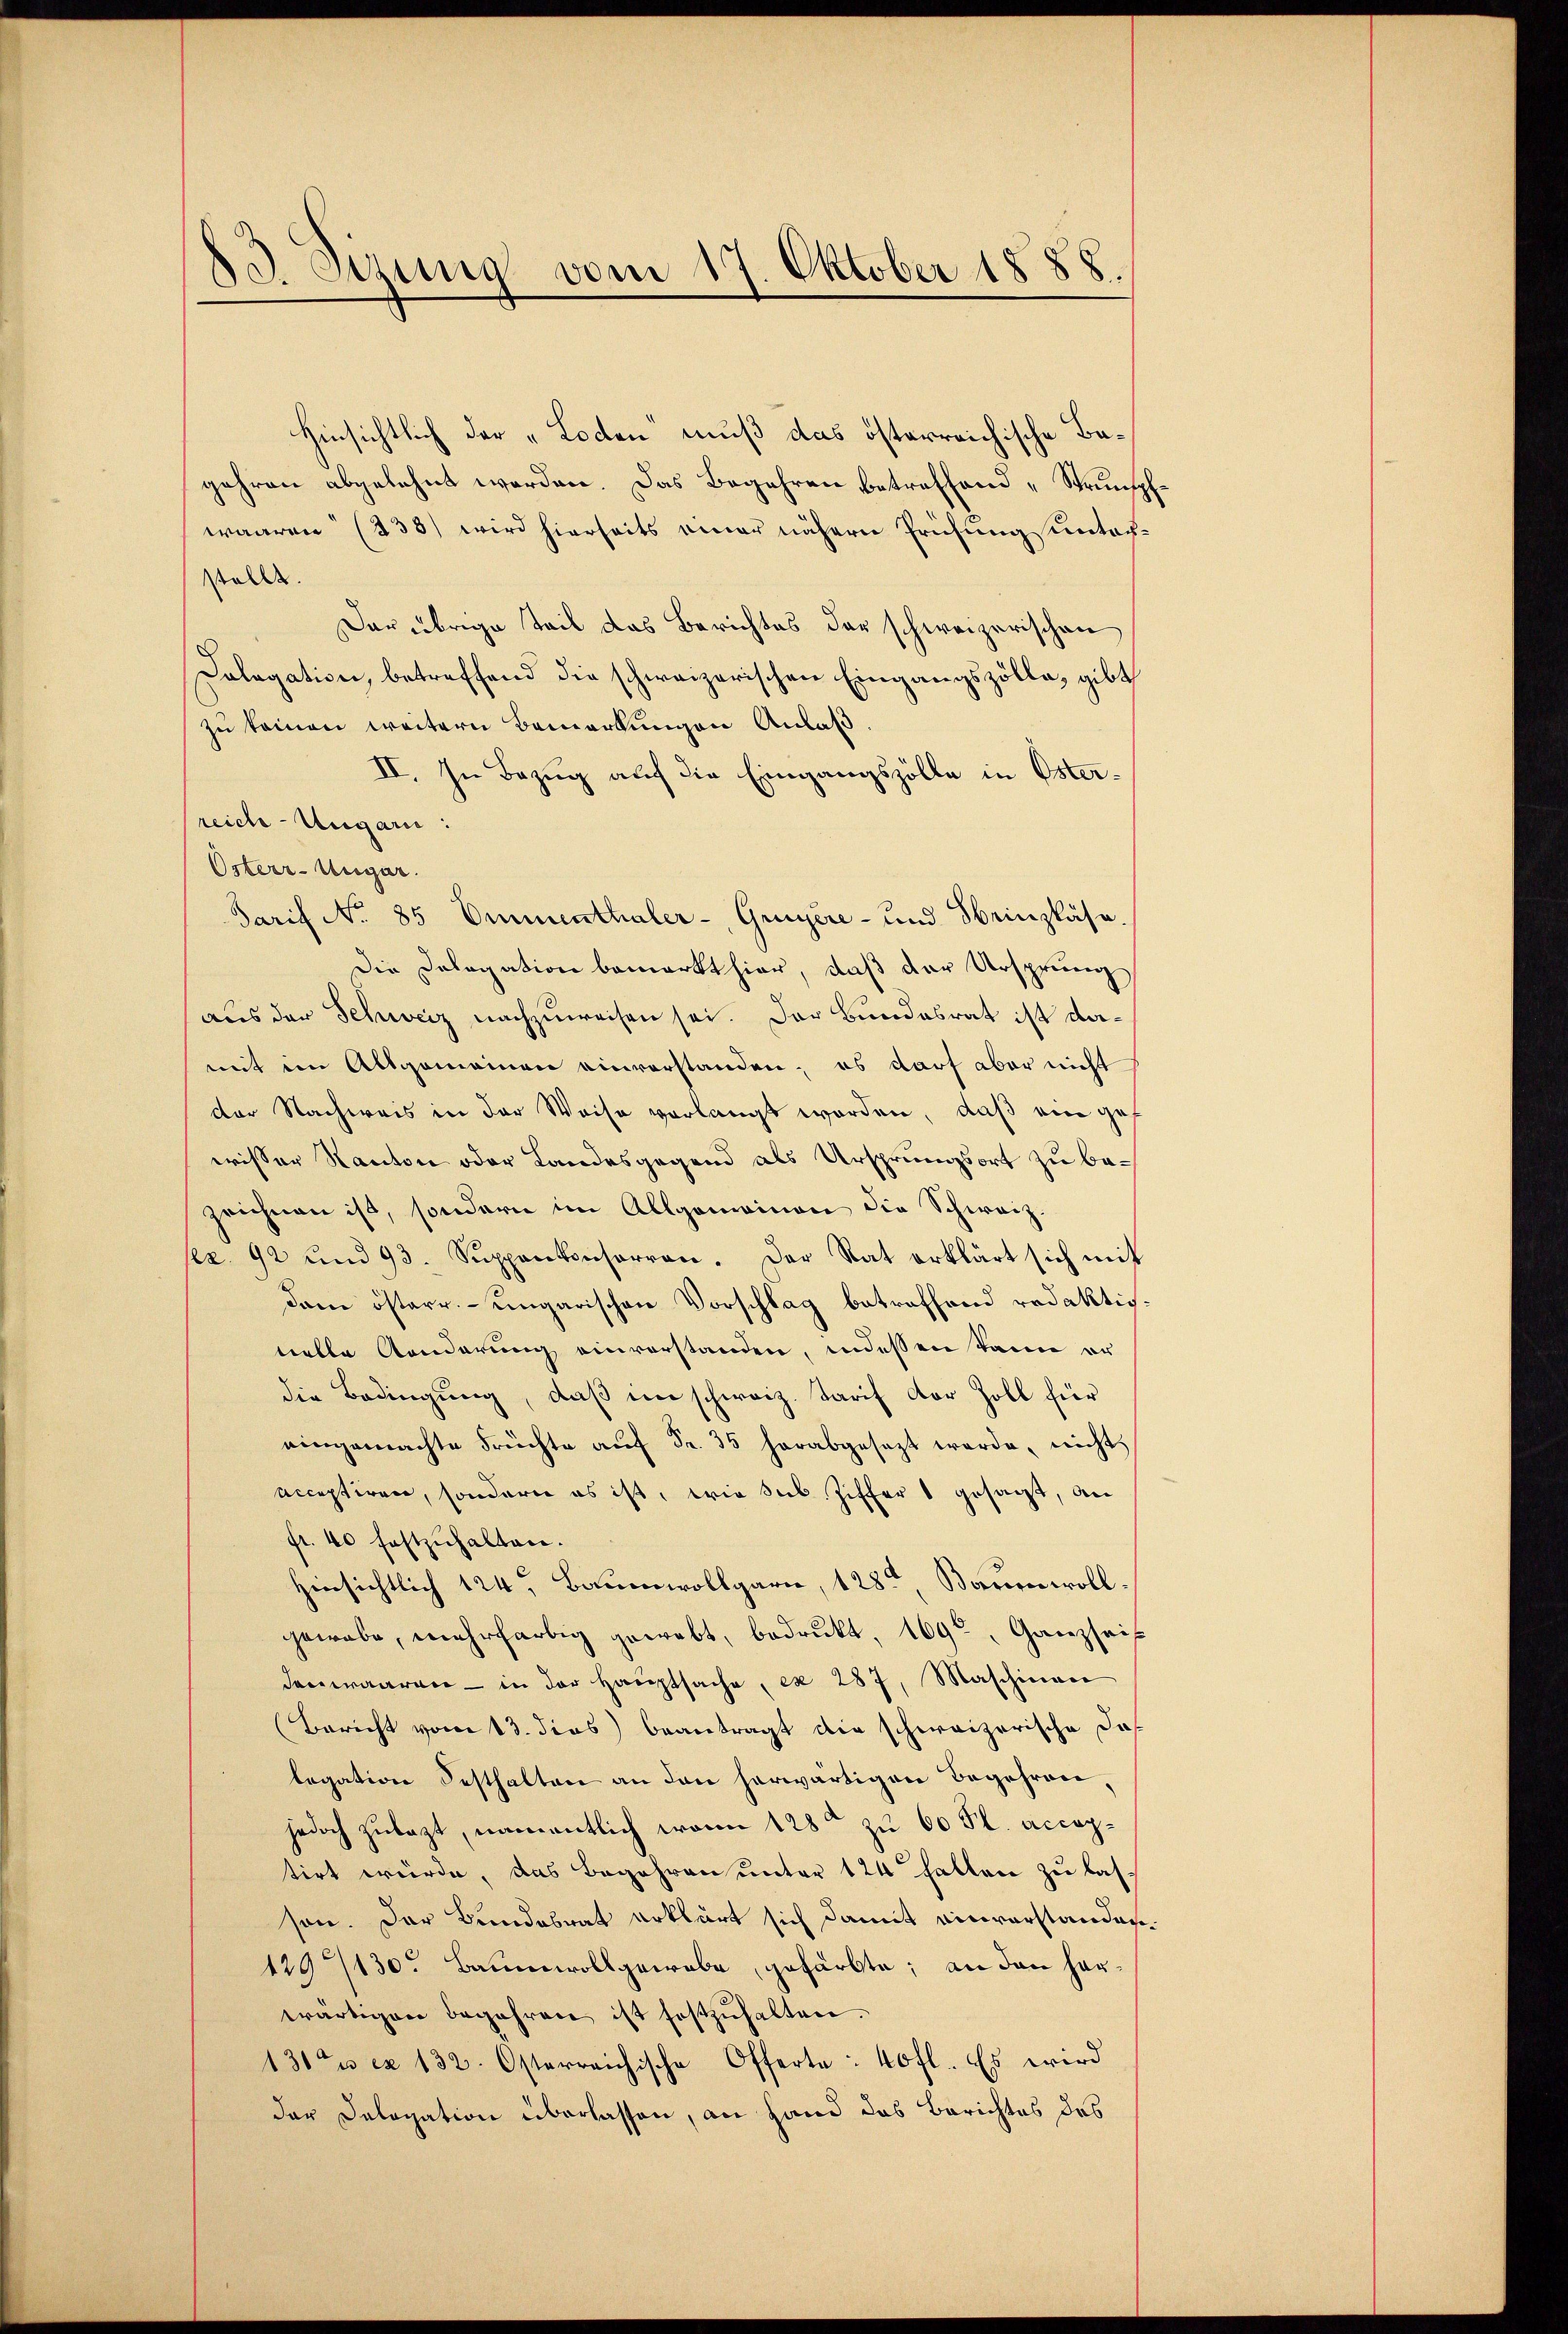
3. Jung vom 17. Oktober 1888.
.
.

Hinsichtlich der „Lodten muß das österreichische Begehren abgelehnt werden. Das Begehren betreffend „Strumspfwaaren (233) wird hierseits einer nähern Prüfung unterstellt.
Dar übrige Teil das Berichtes der schweizerischen
Dolegation, betreffend die schweizerischen Eingangszölle, gibt
zu keinen weitern Bemerkungen Anlaß.
II. In Bezug auf die Eingangszölle in Österreich-Ungarn:
Osterr-Ungar.
Tarif No 85 Emmenthaler - Gruyère- und Weinpläse.
Die Delegation bemerkt hier, daß der Ursprung
aus der Schweiz nachzuweisen sei. Der Bundesrat ist damit im Allgemeinen einverstanden; es darf aber nicht
der Nachweis in der Weise verlangt worden, daß ein gef
wisser Kanton oder Landesgegend als Ursprungsort zu bezeichnen ist, sondern im Allgemeinen die Schweiz.
pez. 92 und 93. Suppenkonserren. Der Rat erklärt sich mit
Dam österr. ungarischen Vorschlag betreffend redaktivvielle Aenderung einverstanden, indessen kann er
die Bedingung, daß im schweiz. Tarif der Zoll für
eingemachte Früchte aŭf Fr. 35 herabgesezt werde, nicht
acceptiren, sondern es ist, wie sub. Ziffer gesagt, an
fr. 40 festzuhalten.
Hinsichtlich 124, Baumwollgarn, 128ten Bonen wollgewebe, mehrfarbig gewebt, bedrukt, 169, Ganz sei
denwaaren - in der Hauptsache, ex 287, Maschinger
(Bericht vom 13. dies beantragt die schweizerische daslegation Festhalten an den herwärtigen Begehren,
jedoch zulezt, namentlich wann 128ten zu 60 Fl. accoptirt würde, das Begehren unter 124 halten zu lasson. Der Bundesrat erklärt sich damit einverstanden¬
1297130. Baumwoll gewebe, gefärbte; an den harwärtigen begehren ist festzŭhalten.
131tes ex 132. Osterreichische Offerte: 40 fl. Es wird
der Delogation überlassen, an Hand das Berichtes des